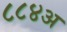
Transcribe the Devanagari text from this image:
८८४अ